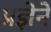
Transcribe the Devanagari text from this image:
प्रज्ञेने